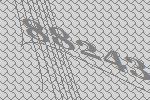
88243